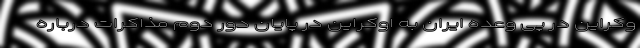
وکراین در پی وعده ایران به اوکراین در پایان دور دوم مذاکرات درباره